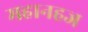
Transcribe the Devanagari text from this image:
महानहज